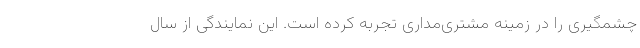
چشمگیری را در زمینه مشتری‌مداری تجربه کرده است. این نمایندگی از سال